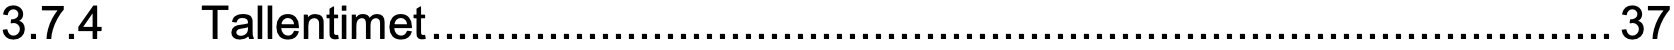
3.7.4  Tallentimet...........................................................................................37